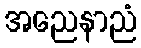
အညေနာညံ